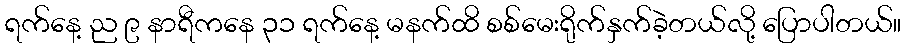
ရက်နေ့ ည ၉ နာရီကနေ ၃၁ ရက်နေ့ မနက်ထိ စစ်မေးရိုက်နှက်ခဲ့တယ်လို့ ပြောပါတယ်။